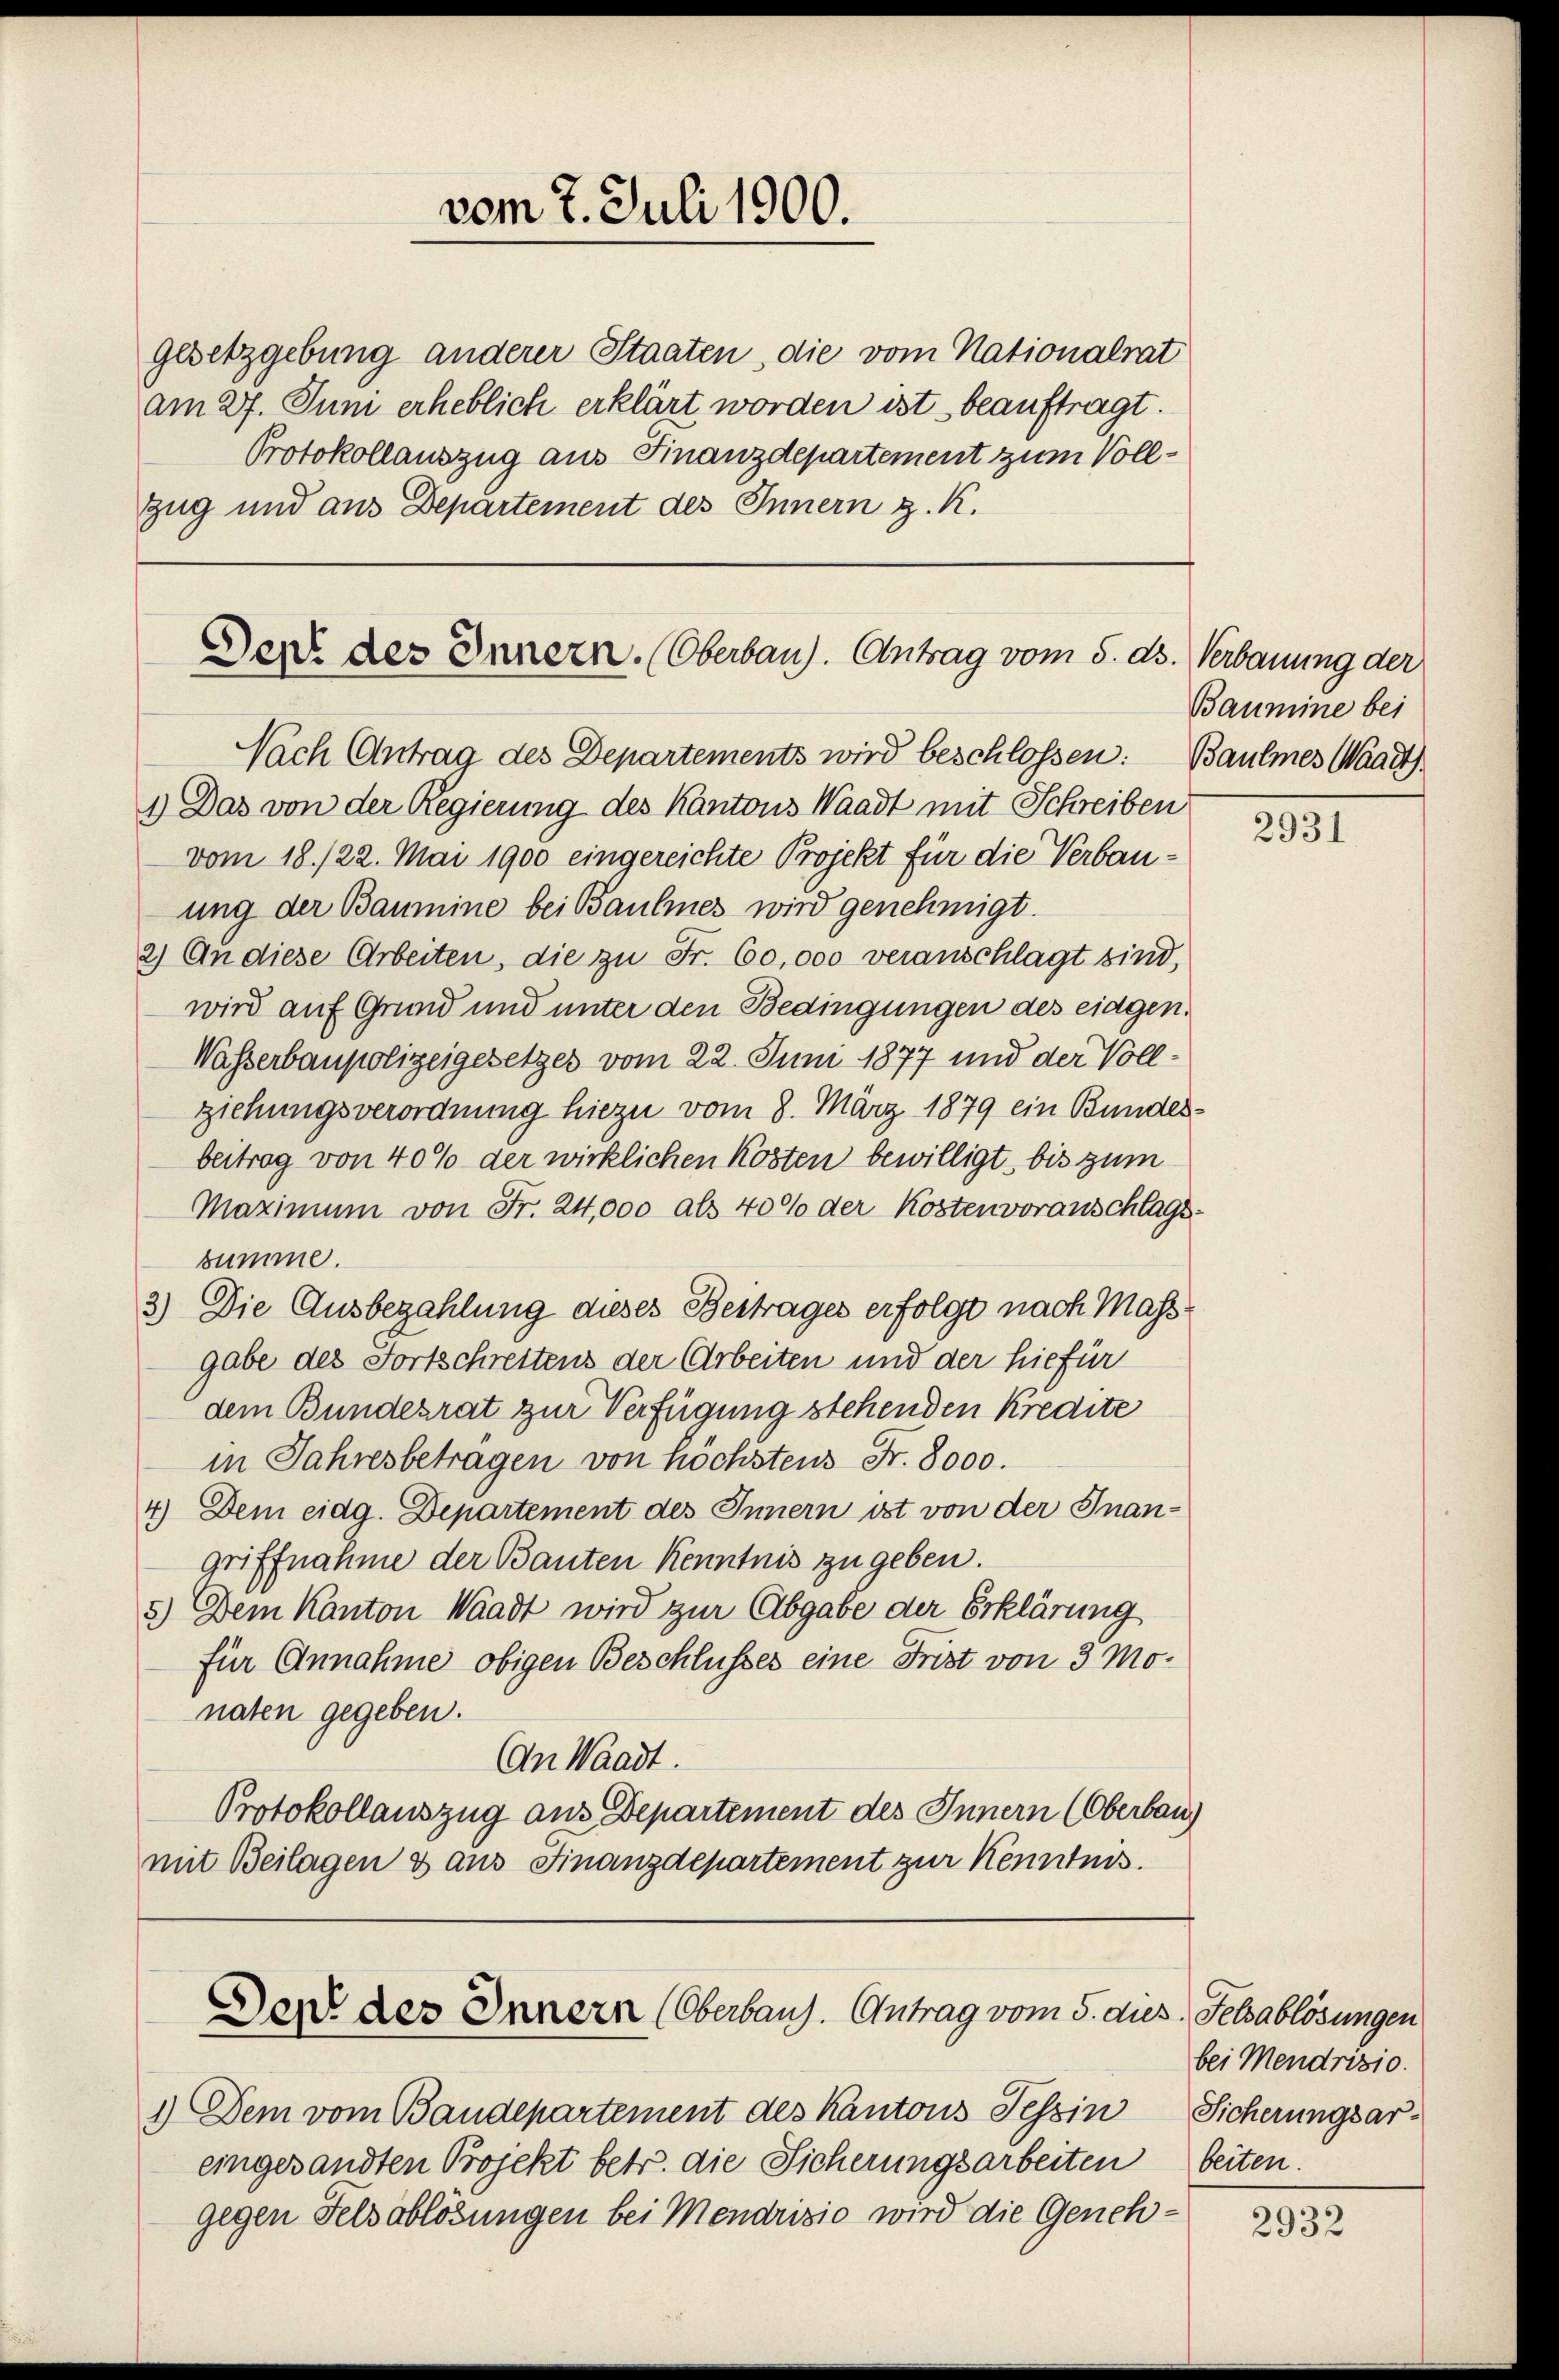
gesetzgebung anderer Staaten, die vom Nationalrat
am 27. Juni erheblich erklärt worden ist beauftragt.
Protokollauszug aus Finanzdepartement zum Vollzug und aus Departement des Innern z. K.

1.) Das von der Regierung des Kantons Waadt mit Schreiben
vom 18./22. Mai 1900 eingereichte Projekt für die Verbauung der Baumine bei Baumes wird genehmigt.
2) An diese Arbeiten, die zu Fr. 60,000 veranschlagt sind,
wird auf Grund und unter den Bedingungen des eidgen.
Wasserbaupolizeigesetzes vom 22. Juni 1877 und der Vollziehungsverordnung hiezu vom 8. März 1879 ein Bundesbeitrag von 40% der wirklichen Kösten bewilligt, bis zum
Maximum von Fr. 24,000 als 400 der Kostenvoranschlagssumme.
3) Die Ausbezahlung dieses Beitrages erfolgt nach Mass
gabe des Fortschreitens der Arbeiten und der hiefür
dem Bundesrat zur Verfügung stehenden Kredite
in Jahresbeträgen von höchstens Fr. 8000.
4) Dem eidg. Departement des Innern ist von der Inan-
griffnahme der Bauten Kenntnis zu geben.
5.) Dem Kanton Waadt wird zur Abgabe der Erklärung
für Annahme obigen Beschlusses eine Frist von 3 Monaten gegeben.
(An Waadt.
Protokollauszug aus Departement des Innern (Oberbau
mit Beilagen & aus Finanzdepartement zur Kenntnis.

Derd. des Innern. (Oberbau). Antrag vom 5. ds. Verbauung der
Nach Antrag des Departements wird beschlossen: Baumes Waadt

vom 7. Juli 1900.

1.) Dem vom Baudepartement des Kantons Tessin Sicherungsar-
eingesandten Projekt betr. die Sicherungsarbeiten
gegen Felsoblösungen bei Mendrisio wird die Geneh¬

Der des Innern (Oberbaug. Antrag vom 5. dies Felsablösungen

Baumine bei

2931

bei Mendrisio.
beiten.

2932